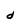
Character: d